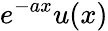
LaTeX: e^{-ax}u(x)